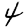
Digit: 4